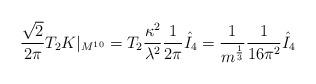
LaTeX: \begin{align*}\frac{\sqrt{2}}{2\pi} T_2 K|_{M^{10}}= T_2 \frac{\kappa^2}{\lambda^2} \frac{1}{2\pi} \hat{I}_4= \frac{1}{m^{\frac{1}{3}}} \frac{1}{16\pi^2} \hat{I}_4\end{align*}